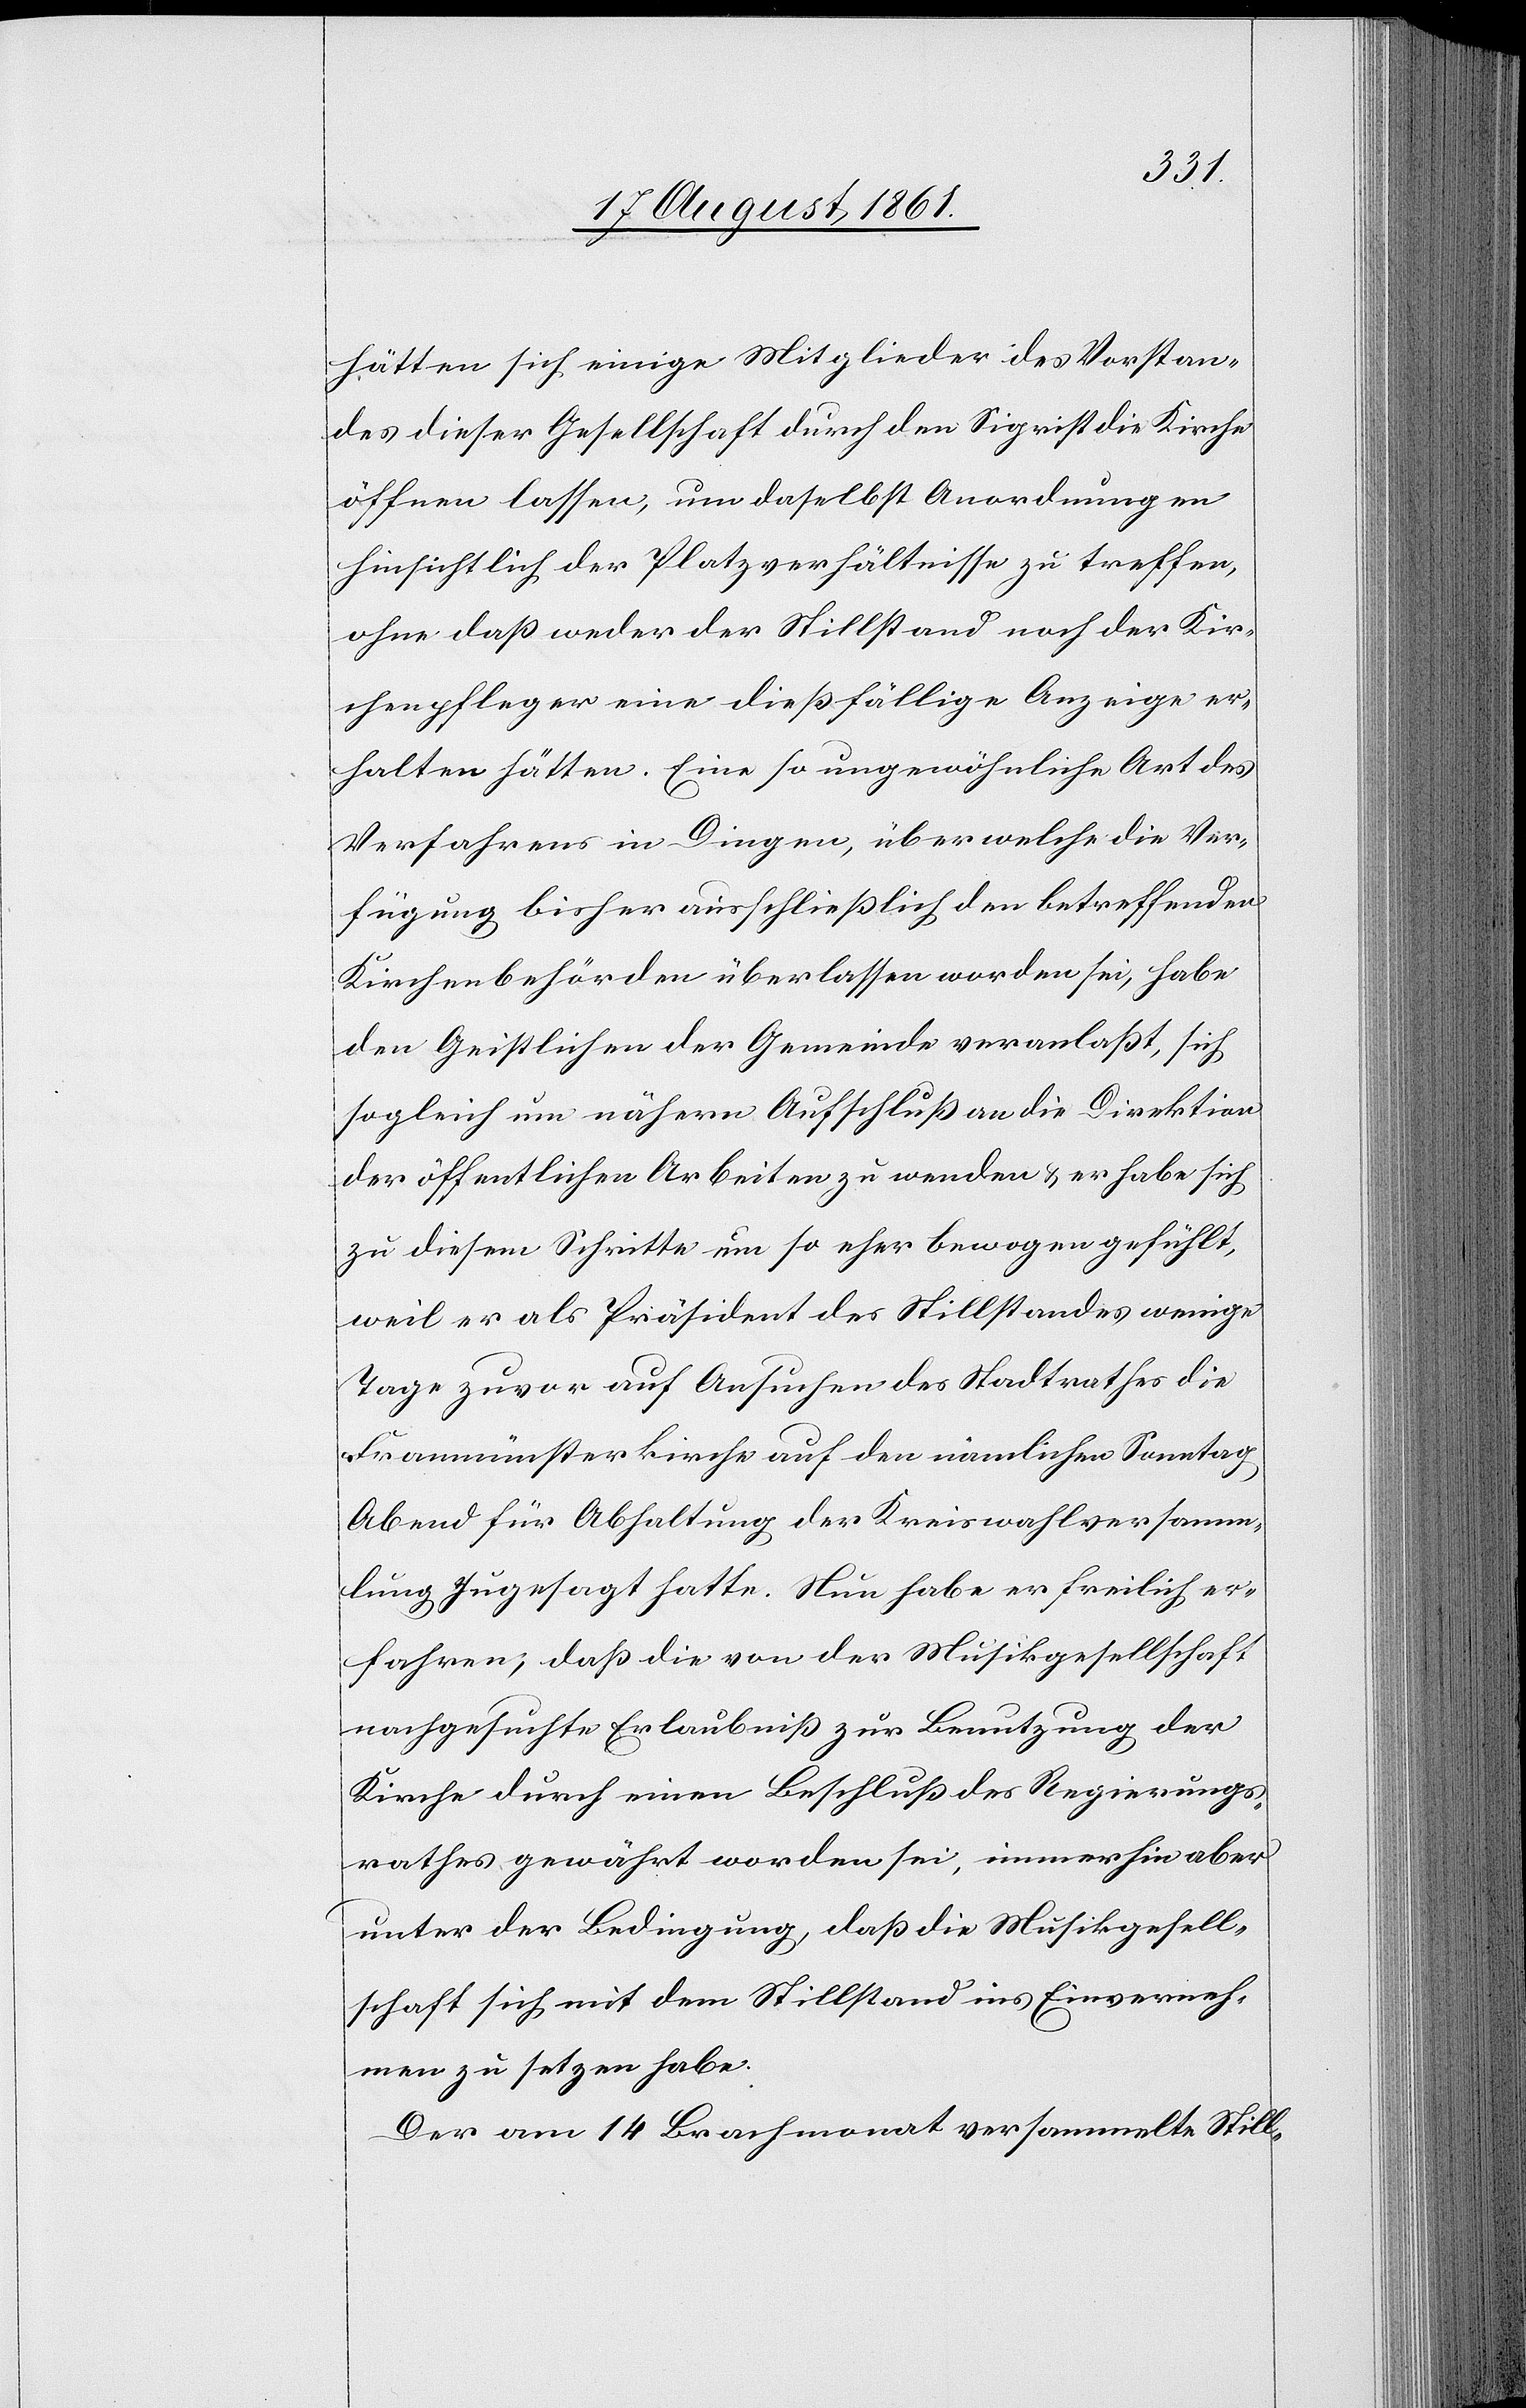
hätten sich einige Mitglieder des Vorstan¬
des dieser Gesellschaft durch den Sigrist die Kirche
öffnen lassen, um daselbst Anordnungen
hinsichtlich der Platzverhältnisse zu treffen,
ohne daß weder der Stillstand noch der Kir¬
chenpfleger eine dießfällige Anzeige er¬
halten hätten. Eine so ungewöhnliche Art des
Verfahrens in Dingen, über welche die Ver¬
fügung bisher ausschließlich den betreffenden
Kirchenbehörden überlassen worden sei, habe
den Geistlichen der Gemeinde veranlaßt, sich
sogleich um nähern Aufschluß an die Direktion
der öffentlichen Arbeiten zu wenden u. er habe sich
zu diesem Schritte um so eher bewogen gefühlt,
weil er als Präsident des Stillstandes wenige
Tage zuvor auf Ansuchen des Stadtrathes die
Fraumünsterkirche auf den nämlichen Sonntag
Abend für Abhaltung der Kreiswahlversamm¬
lung zugesagt hatte. Nun habe er freilich er¬
fahren; daß die von der Musikgesellschaft
nachgesuchte Erlaubniß zur Benutzung der
Kirche durch einen Beschluß des Regierungs¬
rathes gewährt worden sei, immerhin aber
unter der Bedingung, daß die Musikgesell¬
schaft sich mit dem Stillstand ins Einverneh¬
men zu setzen habe.
Der am 14 Brachmonat versammelte Still-